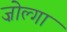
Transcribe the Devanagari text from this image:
ज़ोल्गा